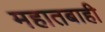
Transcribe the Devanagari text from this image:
महातबाही